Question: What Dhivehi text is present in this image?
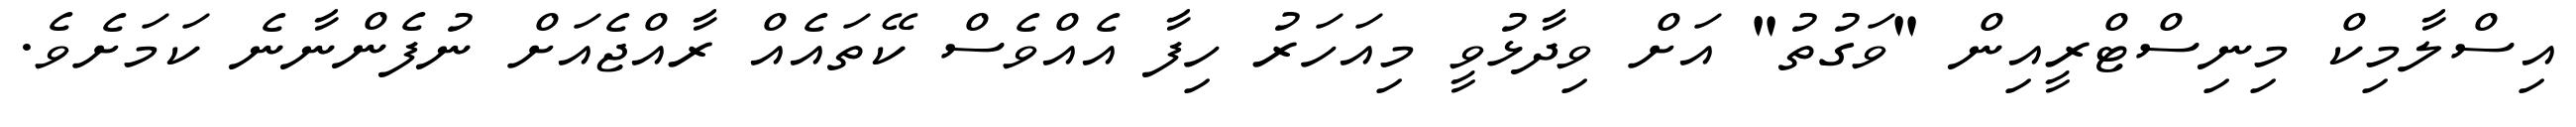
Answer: އިސްލާމިކް މިނިސްޓްރީއިން "ވަގުތު" އަށް ވިދާޅުވީ މިއަހަރު ހިފާ އެއްވެސް ކޭތައެއް ރާއްޖެއަށް ނުފެންނާނެ ކަމަށެވެ.